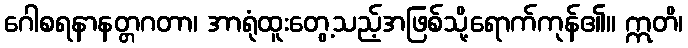
ဂေါစရနာနတ္တဂတာ၊ အာရုံထူးတွေ့သည့်အဖြစ်သို့ရောက်ကုန်၏။ ဣတိ၊